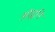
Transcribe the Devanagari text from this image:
ओढूनि